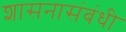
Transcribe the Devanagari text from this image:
शासनासंबंधी